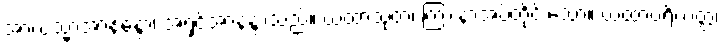
အာယသ္မာအာနန္ဒော၊ အရှင်အာနန္ဒာသည်။ ယထာသုတံ၊ ကြားနာအပ်တိုင်းသော။ ယထာပရိယတ္တံ၊